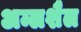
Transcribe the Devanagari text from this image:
अम्लशैल